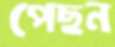
পেছন